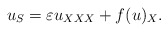
\begin{align*}u_S=\varepsilon u_{XXX}+f(u)_X.\end{align*}